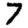
Digit: 7